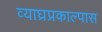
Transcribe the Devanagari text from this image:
व्याघ्रप्रकाल्पास